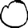
Digit: 0